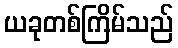
ယခုတစ်ကြိမ်သည်